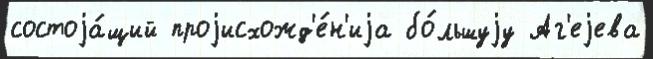
состоjа́щий проjисхожд'е́н'иjа бо́льшуjу Аг'еjева